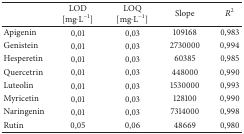
|  | LOD[mg·L−1] | LOQ[mg·L−1] | Slope | R2 |
 | --- | --- | --- | --- | --- |
 | Apigenin | 0,01 | 0,03 | 109168 | 0,983 |
 | Genistein | 0,01 | 0,03 | 2730000 | 0,994 |
 | Hesperetin | 0,01 | 0,03 | 60385 | 0,985 |
 | Quercetrin | 0,01 | 0,03 | 448000 | 0,990 |
 | Luteolin | 0,01 | 0,03 | 1530000 | 0,993 |
 | Myricetin | 0,01 | 0,03 | 128100 | 0,990 |
 | Naringenin | 0,01 | 0,03 | 7314000 | 0,998 |
 | Rutin | 0,05 | 0,06 | 48669 | 0,980 |